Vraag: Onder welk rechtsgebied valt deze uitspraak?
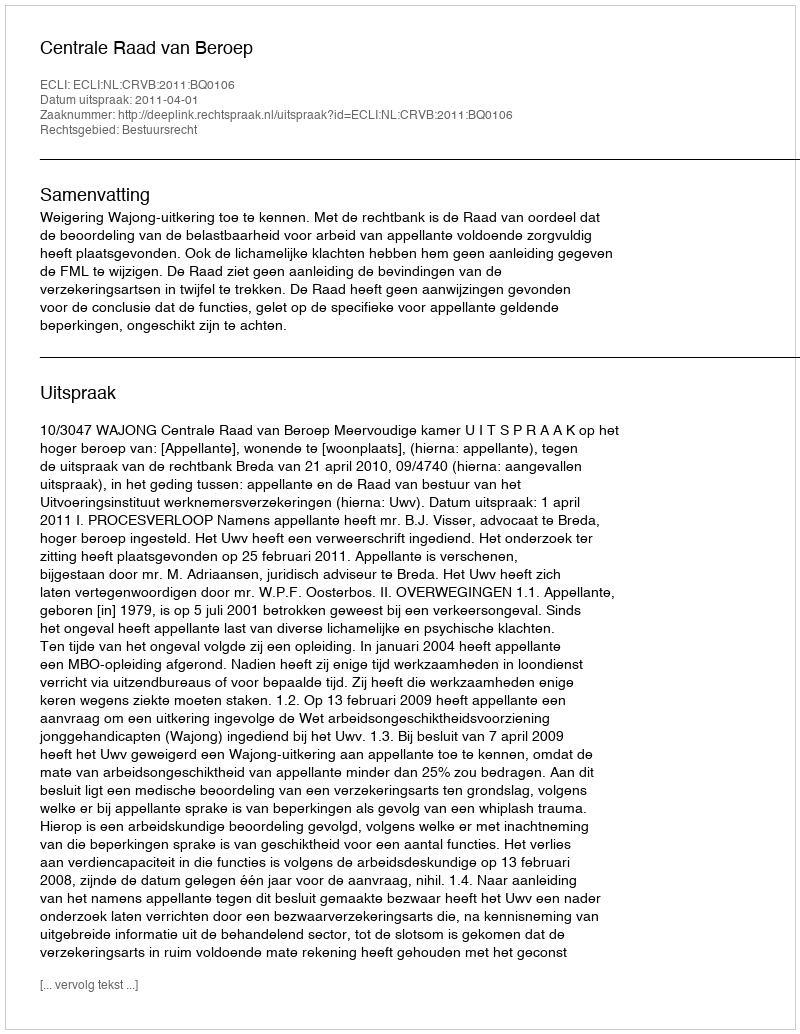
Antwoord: Bestuursrecht